Civil Veterinary Dept. North-West Frontier Province 1923-32 - 1923-1932
Year: 1923
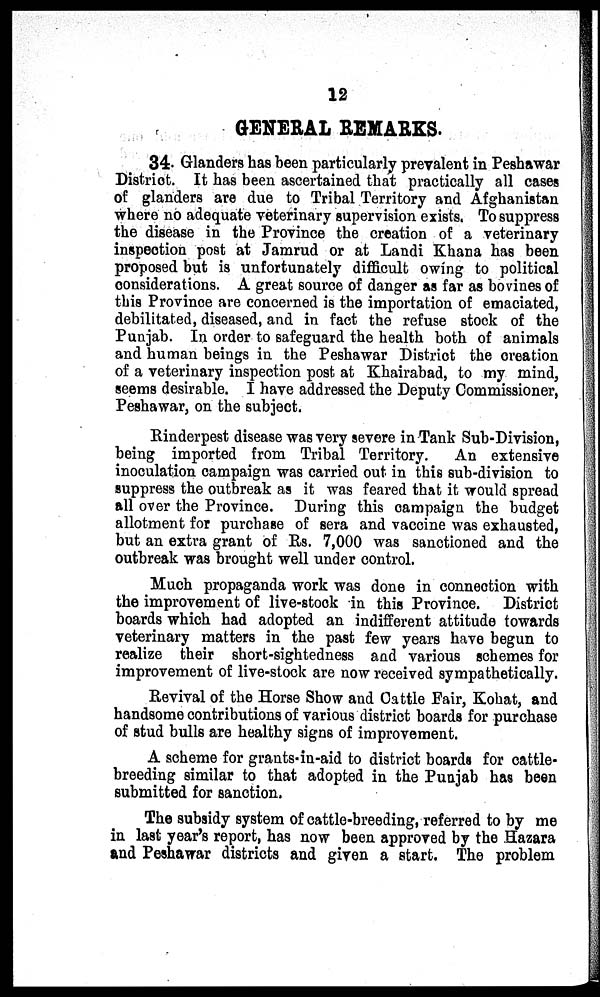
12
GENERAL REMARKS.
34. Glanders has been particularly prevalent in Peshawar
District. It has been ascertained that practically all cases
of glanders are due to Tribal Territory and Afghanistan
where no adequate veterinary supervision exists. To suppress
the disease in the Province the creation of a veterinary
inspection post at Jamrud or at Landi Khana has been
proposed but is unfortunately difficult owing to political
considerations. A great source of danger as far as bovines of
this Province are concerned is the importation of emaciated,
debilitated, diseased, and in fact the refuse stock of the
Punjab. In order to safeguard the health both of animals
and human beings in the Peshawar District the creation
of a veterinary inspection post at Khairabad, to my mind,
seems desirable. I have addressed the Deputy Commissioner,
Peshawar, on the subject.
Rinderpest disease was very severe in Tank Sub-Division,
being imported from Tribal Territory. An extensive
inoculation campaign was carried out in this sub-division to
suppress the outbreak as it was feared that it would spread
all over the Province. During this campaign the budget
allotment for purchase of sera and vaccine was exhausted,
but an extra grant of Rs. 7,000 was sanctioned and the
outbreak was brought well under control.
Much propaganda work was done in connection with
the improvement of live-stock in this Province. District
boards which had adopted an indifferent attitude towards
veterinary matters in the past few years have begun to
realize their short-sightedness and various schemes for
improvement of live-stock are now received sympathetically.
Revival of the Horse Show and Cattle Fair, Kohat, and
handsome contributions of various district boards for purchase
of stud bulls are healthy signs of improvement.
A scheme for grants-in-aid to district boards for cattle-
breeding similar to that adopted in the Punjab has been
submitted for sanction.
The subsidy system of cattle-breeding, referred to by me
in last year's report, has now been approved by the Hazara
and Peshawar districts and given a start. The problem